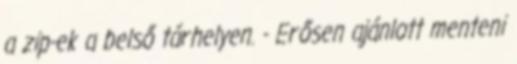
a zip-ek a belső tárhelyen. - Erősen ajánlott menteni